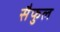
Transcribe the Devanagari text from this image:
सैफुल